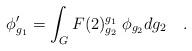
LaTeX: \begin{align*} \phi'_{g_1} = \int_G F(2)^{g_1}_{g_2}\; \phi_{g_2} dg_2 \quad .\end{align*}